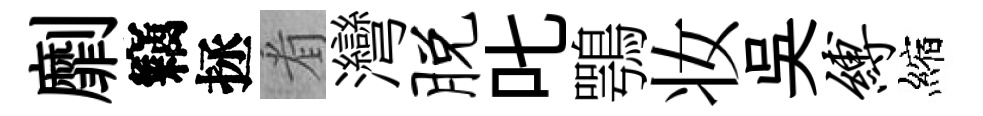
劘竊拯㸔灣脱叱鶚妆吳缚縮